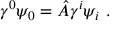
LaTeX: \gamma ^ { 0 } \psi _ { 0 } = \hat { A } \gamma ^ { i } \psi _ { i } \ .